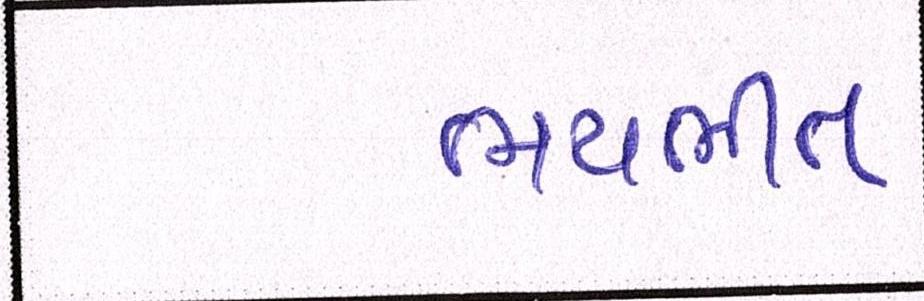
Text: ભયભીત